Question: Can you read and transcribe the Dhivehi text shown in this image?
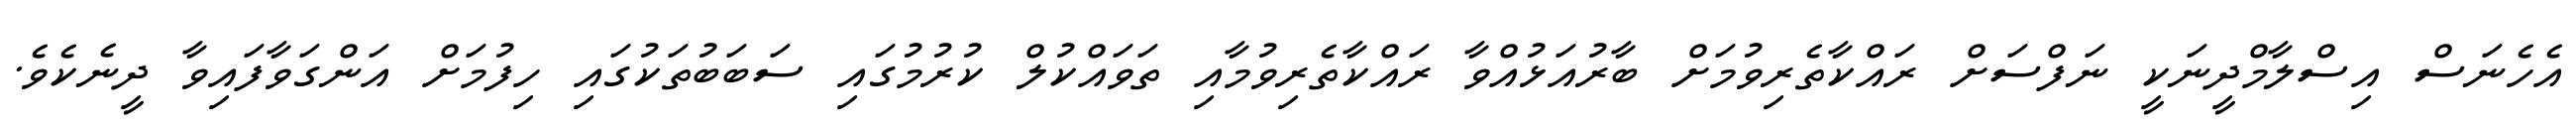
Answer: އެހެނަސް އިސްލާމްދީނަކީ ނަފްސަށް ރައްކާތެރިވުމަށް ބާރުއަޅުއްވާ ރައްކާތެރިވުމާއި ތަވައްކުލް ކުރުމުގައި ސަބަބުތަކުގައި ހިފުމަށް އަންގަވާފައިވާ ދީނެކެވެ.